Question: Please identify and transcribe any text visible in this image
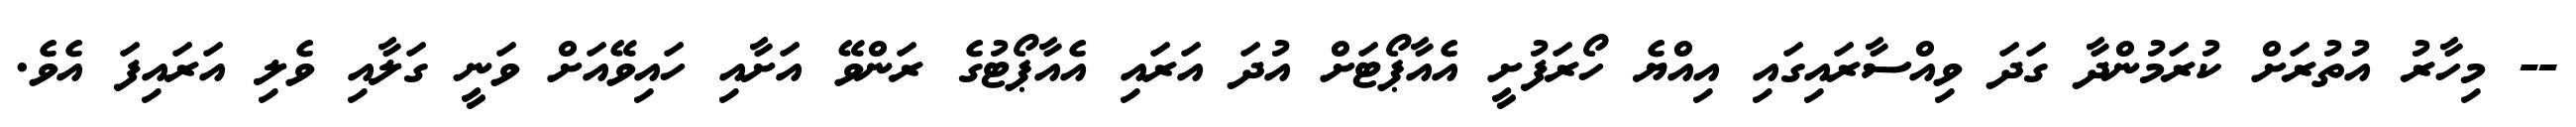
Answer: -- މިހާރު އުތުރަށް ކުރަމުންދާ ގަދަ ވިއްސާރައިގައި އިއްޔެ ހޯރަފުށީ އެއާޕޯޓަށް އުދަ އަރައި އެއާޕޯޓުގެ ރަންވޭ އަށާއި ހައިވޭއަށް ވަނީ ގަލާއި ވެލި އަރައިފަ އެވެ.